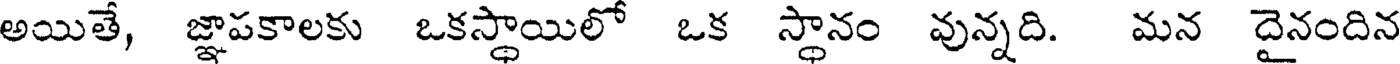
అయితే, జ్ఞాపకాలకు ఒకస్థాయిలో ఒక స్థానం వున్నది. మన దైనందిన